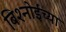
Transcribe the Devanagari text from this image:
बिश्‍नोईंच्या